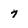
Character: 7